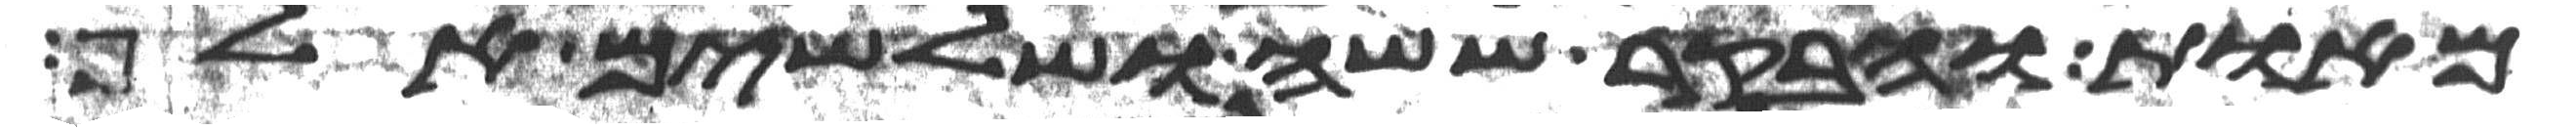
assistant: מאות ובקר ששה ושלשים אלף